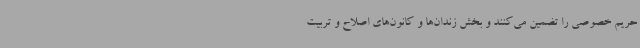
حریم خصوصی را تضمین می‌کنند و بخش زندان‌ها و کانون‌های اصلاح و تربیت